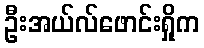
ဦးအယ်လ်ဖောင်းရှိုက